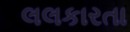
લલકારતા